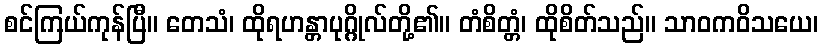
စင်ကြယ်ကုန်ပြီ။ တေသံ၊ ထိုရဟန္တာပုဂ္ဂိုလ်တို့၏။ တံစိတ္တံ၊ ထိုစိတ်သည်။ သာဝကဝိသယေ၊